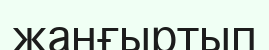
жанғыртып